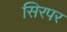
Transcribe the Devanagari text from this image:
सिरपर